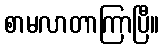
စာမလာတာကြာပြီ။